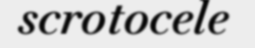
scrotocele